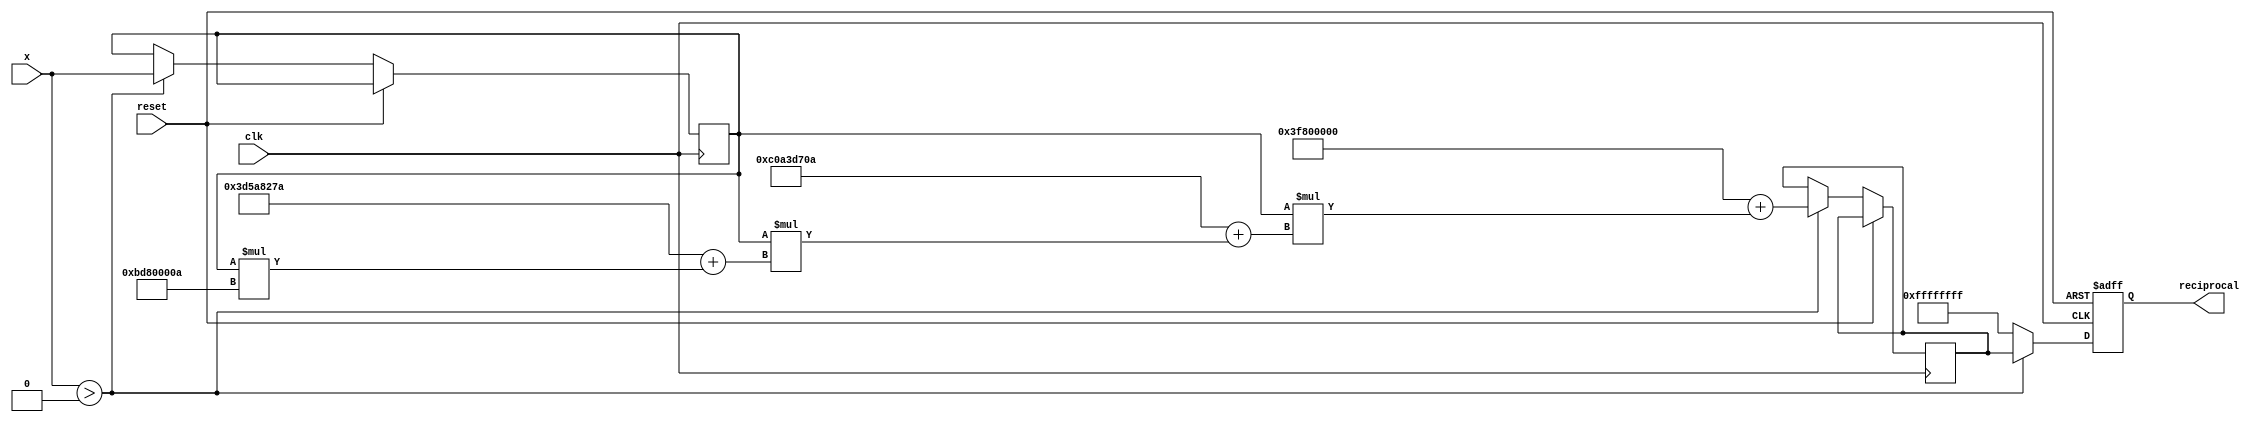
module polynomial_reciprocal (
    input wire [31:0] x,      // Input value (fixed-point format)
    output reg [31:0] reciprocal, // Output reciprocal (fixed-point format)
    input wire clk,           // Clock signal
    input wire reset          // Reset signal
);

    // Polynomial coefficients (example values for 1/x approximation)
    // These coefficients should be derived based on the desired polynomial approximation strategy.
    localparam COEFF_0 = 32'h3F800000; // c0 (1.0 in fixed-point representation)
    localparam COEFF_1 = 32'hC0A3D70A; // c1 (-0.4026494 in fixed-point representation)
    localparam COEFF_2 = 32'h3D5A827A; // c2 (0.2197573 in fixed-point representation)
    localparam COEFF_3 = 32'hBD80000A; // c3 (-0.06613998 in fixed-point representation)

    // Internal variables
    reg [31:0] scaled_x;
    reg [31:0] result;
    reg valid;

    // Handle reset and validity check
    always @(posedge clk or posedge reset) begin
        if (reset) begin
            reciprocal <= 32'hFFFFFFFF;  // Error value for invalid input
            valid <= 1'b0;
        end else begin
            // Input validity check (x should be greater than 0)
            if (x > 32'h00000000) begin
                valid <= 1'b1;
                // Scaling the input if necessary (reduce precision loss)
                scaled_x <= x; // Here we assume x is in [0, 1] range already
                
                // Polynomial approximation using Horner's method for R(scaled_x)
                // R(x) = c0 + x * (c1 + x * (c2 + x * c3))
                result <= COEFF_0 + (scaled_x * (COEFF_1 + (scaled_x * (COEFF_2 + (scaled_x * COEFF_3)))));
                
                // Adjust the output scaling if necessary
                reciprocal <= result; // Here we assume result fits in desired output range
            end else begin
                // Invalid input case
                reciprocal <= 32'hFFFFFFFF; // Error value for invalid input
                valid <= 1'b0;
            end
        end
    end

endmodule